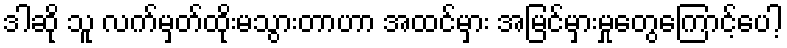
ဒါဆို သူ လက်မှတ်ထိုးမသွားတာဟာ အထင်မှား အမြင်မှားမှုတွေကြောင့်ပေါ့